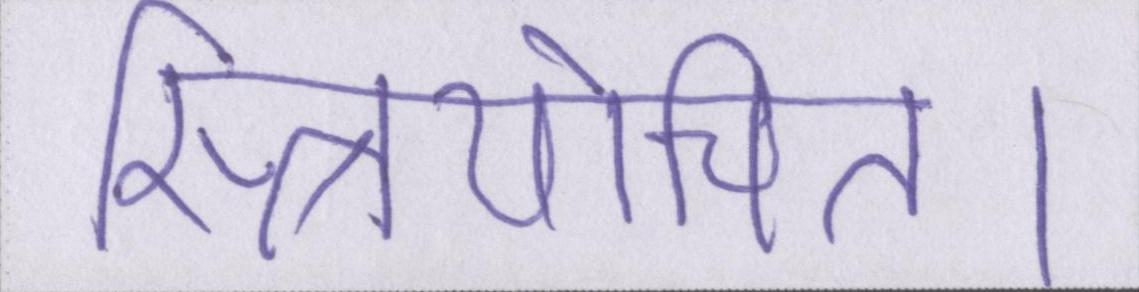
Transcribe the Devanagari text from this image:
स्त्रियोचित।